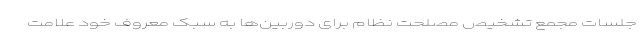
جلسات مجمع تشخیص مصلحت نظام برای دوربین‌ها به سبک معروف خود علامت